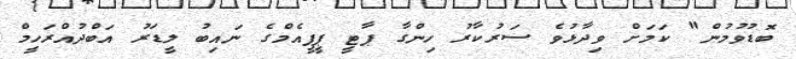
ބޮޑުވުމުން" ކަމަށް ވިދާޅުވެ ސަރުކާރު ހިންގާ ޕާޓީ ޕީޕީއެމްގެ ނައިބު ލީޑަރު އަބްދުއްރަހީމް